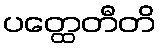
ပတ္ထေတီတိ